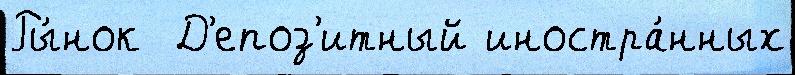
Ры́нок  Д'епоз'итный иностра́нных